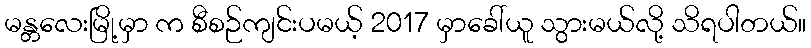
မန္တလေးမြို့မှာ က စီစဉ်ကျင်းပမယ့် 2017 မှာခေါ်ယူ သွားမယ်လို့ သိရပါတယ်။